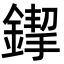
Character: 䤿